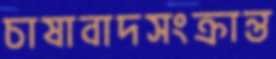
চাষাবাদসংক্রান্ত